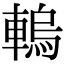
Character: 䡧